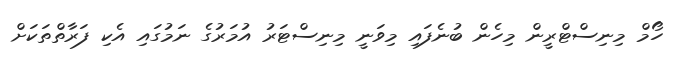
ހޯމް މިނިސްޓްރީން މިހެން ބުނެފައި މިވަނީ މިނިސްޓަރު އުމަރުގެ ނަމުގައި އެކި ފަރާތްތަކަށް